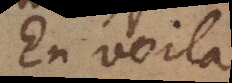
En voilà